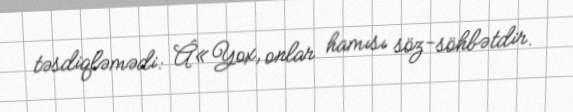
təsdiqləmədi: Â«Yox, onlar hamısı söz-söhbətdir.